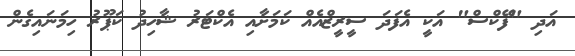
އަދި "ފޭކްސް" އަކީ އެފަދަ ސީރީޒްއެއް ކަމަށާއި އެކްޓަރު ޝާހިދު ކަޕޫރު ހިމަނައިގެން